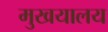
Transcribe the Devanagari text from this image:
मुखयालय